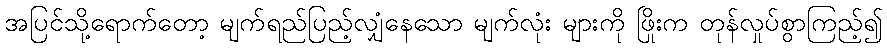
အပြင်သို့ရောက်တော့ မျက်ရည်ပြည့်လျှံနေသော မျက်လုံး များကို ဖြိုးက တုန်လှုပ်စွာကြည့်၍